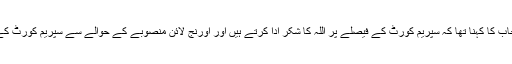
میڈیا سے بات کرتے ہوئے وزیراعلیٰ پنجاب کا کہنا تھا کہ سپریم کورٹ کے فیصلے پر اللہ کا شکر ادا کرتے ہیں اور اورنج لائن منصوبے کے حوالے سے سپریم کورٹ کے فیصلے پر 100 فیصد عمل کریں گے۔